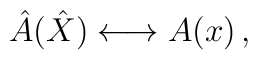
\hat A(\hat X) \longleftrightarrow A(x)\,,